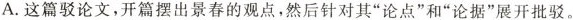
A.这篇驳论文，开篇摆出景春的观点，然后针对其”论点”和”论据”展开批驳。